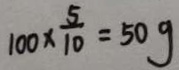
1 0 0 \times \frac { 5 } { 1 0 } = 5 0 g